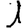
Digit: 1